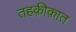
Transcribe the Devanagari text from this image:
तहक़ीक़ात